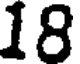
18